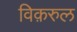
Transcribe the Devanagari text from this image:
विक़रुल